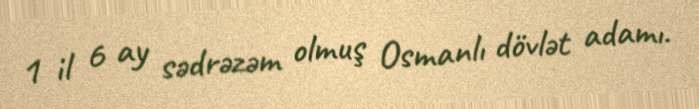
1 il 6 ay sədrəzəm olmuş Osmanlı dövlət adamı.